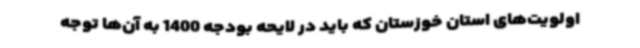
اولویت‌های استان خوزستان که باید در لایحه بودجه 1400 به آن‌ها توجه